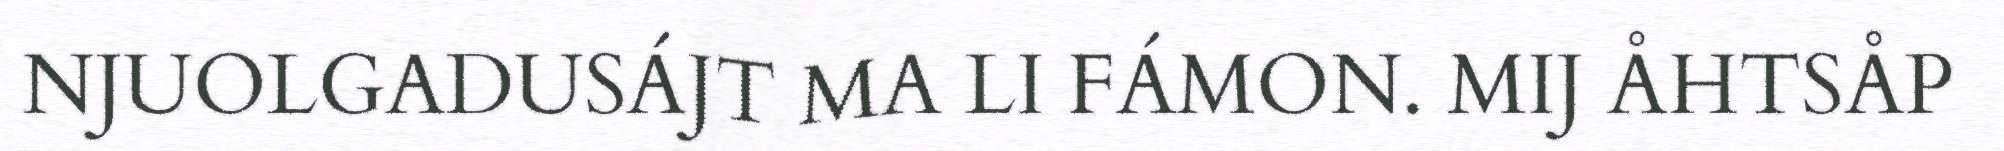
NJUOLGADUSÁJT MA LI FÁMON. MIJ ÅHTSÅP